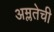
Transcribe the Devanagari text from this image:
अम्लतेची